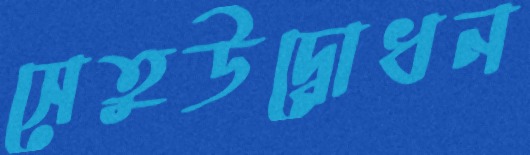
সেতুউদ্বোধন